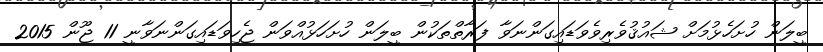
ބީލަން ހުށަހެޅުމަށް ޝައުޤުވެރިވެވަޑައިގަންނަވާ ފަރާތްތަކުން ބީލަން ހުށަހަޅުއްވަން ޖެހިވަޑައިގަންނަވާނީ 11 ޖޫން 2015